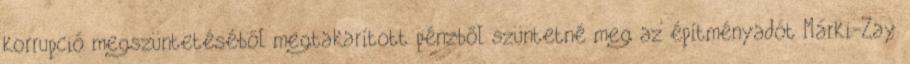
korrupció megszüntetéséből megtakarított pénzből szüntetné meg az építményadót Márki-Zay